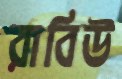
রাবিউ